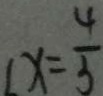
L x = \frac { 4 } { 3 }